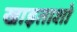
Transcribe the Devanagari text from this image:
खाइताशो